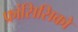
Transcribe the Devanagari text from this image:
फ्रांसिसिको